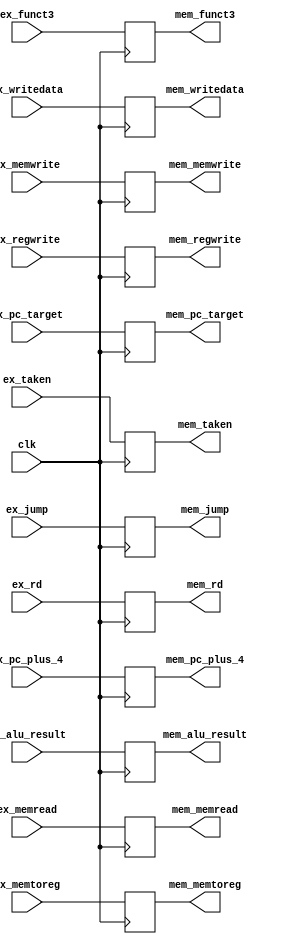
//exmem_reg.v


module exmem_reg #(
  parameter DATA_WIDTH = 32
)(
  // TODO: Add flush or stall signal if it is needed

  //////////////////////////////////////
  // Inputs
  //////////////////////////////////////
  input clk,

  input [DATA_WIDTH-1:0] ex_pc_plus_4,
  input [DATA_WIDTH-1:0] ex_pc_target,
  input ex_taken,
  // mem control
  input ex_memread,
  input ex_memwrite,
  // wb control
  input [1:0] ex_jump,
  input ex_memtoreg,
  input ex_regwrite,
  input [DATA_WIDTH-1:0] ex_alu_result,
  input [DATA_WIDTH-1:0] ex_writedata,
  input [2:0] ex_funct3,
  input [4:0] ex_rd,
  
  //////////////////////////////////////
  // Outputs
  //////////////////////////////////////
  output [DATA_WIDTH-1:0] mem_pc_plus_4,
  output [DATA_WIDTH-1:0] mem_pc_target,
  output mem_taken,

  // mem control
  output mem_memread,
  output mem_memwrite,

  // wb control
  output [1:0] mem_jump,
  output mem_memtoreg,
  output mem_regwrite,
  
  output [DATA_WIDTH-1:0] mem_alu_result,
  output [DATA_WIDTH-1:0] mem_writedata,
  output [2:0] mem_funct3,
  output [4:0] mem_rd
);

// TODO: Implement EX / MEM pipeline register module
  // Reg
  reg [DATA_WIDTH-1:0] mem_pc_plus_4_reg;
  reg [DATA_WIDTH-1:0] mem_pc_target_reg;
  reg mem_taken_reg;

  // mem control
  reg mem_memread_reg;
  reg mem_memwrite_reg;

  // wb control
  reg [1:0] mem_jump_reg;
  reg mem_memtoreg_reg;
  reg mem_regwrite_reg;
  
  reg [DATA_WIDTH-1:0] mem_alu_result_reg;
  reg [DATA_WIDTH-1:0] mem_writedata_reg;
  reg [2:0] mem_funct3_reg;
  reg [4:0] mem_rd_reg;


  // Assign
  assign mem_pc_plus_4 = mem_pc_plus_4_reg;
  assign mem_pc_target = mem_pc_target_reg;
  assign mem_taken = mem_taken_reg;

  // mem control
  assign mem_memread = mem_memread_reg;
  assign mem_memwrite = mem_memwrite_reg;

  // wb control
  assign mem_jump = mem_jump_reg;
  assign mem_memtoreg = mem_memtoreg_reg;
  assign mem_regwrite = mem_regwrite_reg;

  assign mem_alu_result = mem_alu_result_reg;
  assign mem_writedata = mem_writedata_reg;
  assign mem_funct3 = mem_funct3_reg;
  assign mem_rd = mem_rd_reg;

  always @(posedge clk) begin
    mem_pc_plus_4_reg <= ex_pc_plus_4;
    mem_pc_target_reg <= ex_pc_target;
    mem_taken_reg <= ex_taken;

    // mem control
    mem_memread_reg <= ex_memread;
    mem_memwrite_reg <= ex_memwrite;

    // wb control
    mem_jump_reg <= ex_jump;
    mem_memtoreg_reg <= ex_memtoreg;
    mem_regwrite_reg <= ex_regwrite;

    mem_alu_result_reg <= ex_alu_result;
    mem_writedata_reg <= ex_writedata;
    mem_funct3_reg <= ex_funct3;
    mem_rd_reg <= ex_rd;
  end

endmodule